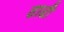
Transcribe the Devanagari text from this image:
ठाढी